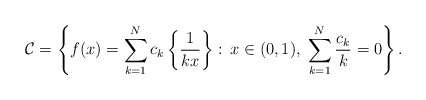
\begin{align*}\mathcal{C}=\left\{ f(x) = \sum_{k=1}^N c_k \left\{\frac{1}{kx}\right\}:\, x \in (0,1), \; \sum_{k=1}^N \frac{c_k}{k} =0 \right\}.\end{align*}